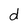
Character: d